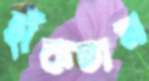
হাঁকতাম